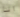
انا